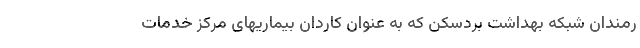
رمندان شبکه بهداشت بردسکن که به عنوان کاردان بیماریهای مرکز خدمات